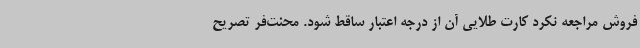
فروش مراجعه نکرد کارت طلایی آن از درجه اعتبار ساقط شود. محنت‌فر تصریح